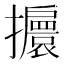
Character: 𢹞